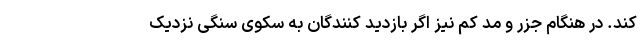
کند. در هنگام جزر و مد کم نیز اگر بازدید کنندگان به سکوی سنگی نزدیک